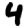
Digit: 4